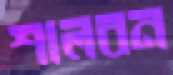
শালবন